Report of the Indian Hemp Drugs Commission, 1894-1895 - Volume III
Year: 1894
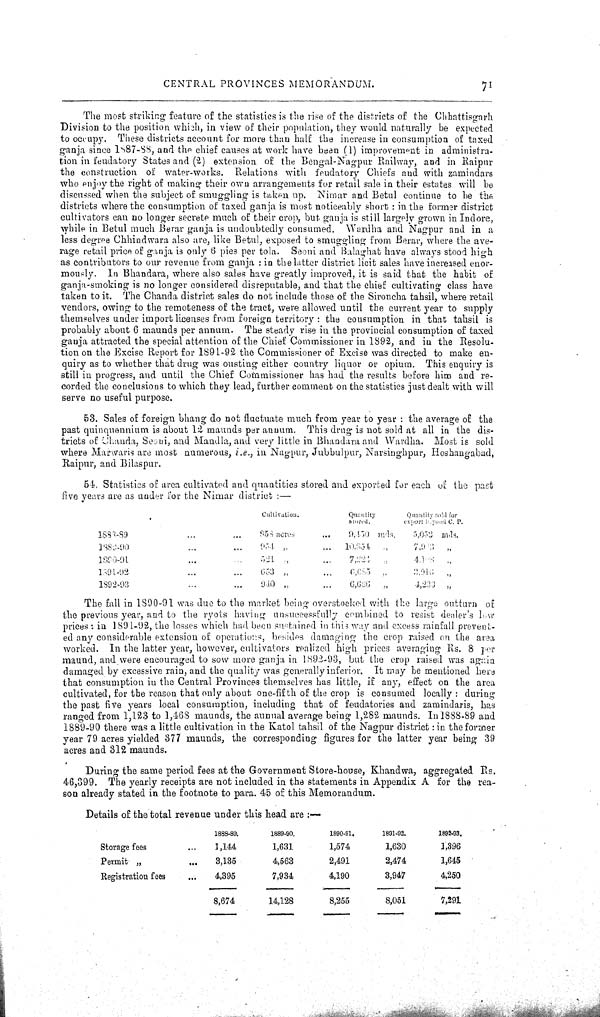
CENTRAL PROVINCES MEMORANDUM.
71
The most striking feature of the statistics is the rise of the districts of the Chhattisgarh
Division to the position which, in view of their population, they would naturally be expected
to occupy. These districts account for more than half the increase in consumption of taxed
ganja since 1887-88, and the chief causes at work have been (1) improvement in administra-
tion in feudatory States and (2) extension of the Bengal-Nagpur Railway, and in Raipur
the construction of water-works. Relations with feudatory Chiefs and with zamindars
who enjoy the right of making their own arrangements for retail sale in their estates will be
discussed when the subject of smuggling is taken up. Nimar and Betul continue to be the
districts where the consumption of taxed ganja is most noticeably short: in the former district
cultivators can no longer secrete much of their crop, but ganja is still largely grown in Indore,
while in Betul much Berar ganja is undoubtedly consumed. Wardha and Nagpur and in a
less degree Chhindwara also are, like Betul, exposed to smuggling from Berar, where the ave-
rage retail price of ganja is only 6 pies per tola. Seoni and Balaghat have always stood high
as contributors to our revenue from ganja: in the latter district licit sales have increased enor-
mously. In Bhandara, where also sales have greatly improved, it is said that the habit of
ganja-smoking is no longer considered disreputable, and that the chief cultivating class have
taken to it. The Chanda district sales do not include those of the Sironcha tahsil, where retail
vendors, owing to the remoteness of the tract, were allowed until the current year to supply
themselves under import licenses from foreign territory: the consumption in that tahsil is
probably about 6 maunds per annum. The steady rise in the provincial consumption of taxed
ganja attracted the special attention of the Chief Commissioner in 1892, and in the Resolu-
tion on the Excise Report for 1891-92 the Commissioner of Excise was directed to make en-
quiry as to whether that drug was ousting either country liquor or opium. This enquiry is
still in progress, and until the Chief Commissioner has had the results before him and re-
corded the conclusions to which they lead, further comment on the statistics just dealt with will
serve no useful purpose.
53. Sales of foreign bhang do not fluctuate much from year to year: the average of the
past quinquennium is about 12 maunds per annum. This drug is not sold at all in the dis-
tricts of Chanda, Seoni, and Mandla, and very little in Bhandara and Wardha. Most is sold
where Marwaris are most numerous, i.e., in Nagpur, Jubbulpur, Narsinghpur, Hoshangabad,
Raipur, and Bilaspur.
54. Statistics of area cultivated and quantities stored and exported for each of the past
five years are as under for the Nimar district:—
Cul ti vati on.
Quanti ty
stored.
Quanti ty sold tor
export beyond C. P.
1888-89
858 acres
9,450 mds. 5,053 mds.
1889-90
954 "
10,851 "
7,9 3 "
1890-91
521 "
7,224 "
4,1 8 "
1891-92
653 "
6,685 "
3,016 "
1892-93
940 "
6,686 "
4,233 "
The fall in 1890-91 was due to the market being overstocked with the large outturn of
the previous year, and to the ryots having unsuccessfully combined to resist dealer's low
prices: in 1891-92, the losses which had been sustained in this way and excess rainfall prevent-
ed any considerable extension of operations, besides damaging the crop raised on the area
worked. In the latter year, however, cultivators realized high prices averaging Rs. 8 per
maund, and were encouraged to sow more ganja in 1892-93, but the crop raised was again
damaged by excessive rain, and the quality was generally inferior. It may be mentioned here
that consumption in the Central Provinces themselves has little, if any, effect on the area
cultivated, for the reason that only about one-fifth of the crop is consumed locally: during
the past five years local consumption, including that of feudatories and zamindaris, has
ranged from 1,123 to 1,468 maunds, the aunual average being 1,282 maunds. In 1888-89 and
1889-90 there was a little cultivation in the Katol tahsil of the Nagpur district: in the former
year 79 acres yielded 377 maunds, the corresponding figures for the latter year being 39
acres and 312 maunds.
During the same period fees at the Government Store-house, Khandwa, aggregated Rs.
46,399. The yearly receipts are not included in the statements in Appendix A for the rea-
son already stated in the footnote to para. 45 of this Memorandum.
Details of the total revenue under this head are:—
1888-89.
1889-90.
1890-91.
1891-93.
1892-93.
Storage fees
1,144
1,631
1,574
1,630
1,396
Permit "
3,135
4,563
2,491
2,474
1,645
Registration fees
4,395
8,674
7,934
4,190
3,947
4,250
4,395
8,674
14,128
8,255
8,051
7,291